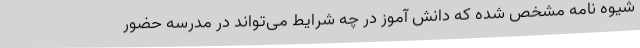
شیوه نامه مشخص شده که دانش آموز در چه شرایط می‌تواند در مدرسه حضور